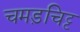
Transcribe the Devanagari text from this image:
चमड़चिट्ट